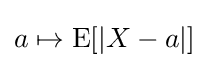
a\mapsto \operatorname {E} [|X-a|]